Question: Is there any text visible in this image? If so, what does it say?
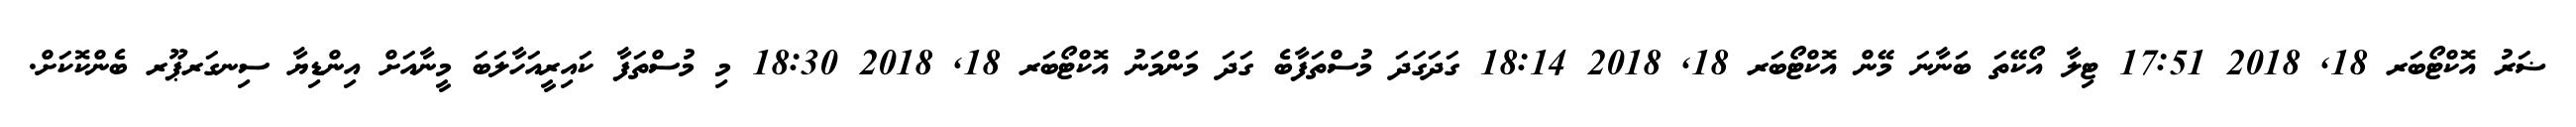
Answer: ޟަރު އޮކްޓޯބަރ 18, 2018 17:51 ޓިލާ އޯކޭތަ ބަނާނަ މޭން އޮކްޓޯބަރ 18, 2018 18:14 ގަދަގަދަ މުސްތަފާބެ ގަދަ މަންމަނު އޮކްޓޯބަރ 18, 2018 18:30 މި މުސްތަފާ ކައިރީއަހާލަބަ މީނާއަށް އިންޑިޔާ ސިނގަރޕޫރ ބެންކޮކަށް.